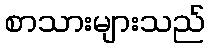
စာသားများသည်